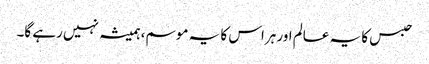
حبس کا یہ عالم اور ہراس کا یہ موسم، ہمیشہ نہیں رہے گا۔